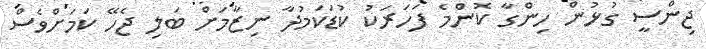
ޖިންސީ ގުޅުން ހިންގާ ކޮންމެ ފަހަރަކު ކުޑަކަމުދާ ނިޒާމަށް ބަލި ޖެހޭ ކަމަށްވެސް